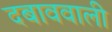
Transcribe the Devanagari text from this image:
दबाववाली